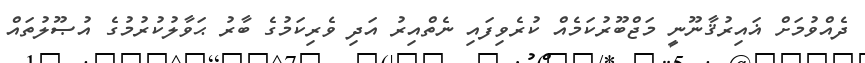
ދެއްވުމަށް ޣައިރުޤާނޫނީ މަޖްބޫރުކަމެއް ކުރެވިފައި ނެތްއިރު އަދި ވެރިކަމުގެ ބާރު ޙަވާލުކުރުމުގެ އުޞޫލުތައް